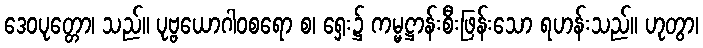
ဒေဝပုတ္တော၊ သည်။ ပုဗ္ဗယောဂါဝစရော စ၊ ရှေး၌ ကမ္မဋ္ဌာန်းစီးဖြန်းသော ရဟန်းသည်။ ဟုတွာ၊